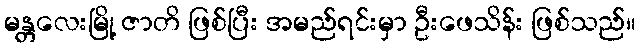
မန္တလေးမြို့ ဇာတိ ဖြစ်ပြီး အမည်ရင်းမှာ ဦးဖေသိန်း ဖြစ်သည်။